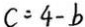
c = 4 - b